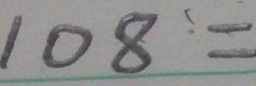
1 0 8 =